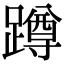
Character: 蹲